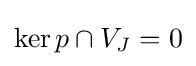
\operatorname {ker} p\cap V_{J}=0